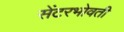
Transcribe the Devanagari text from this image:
सेंटरभोवती